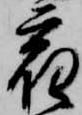
宿